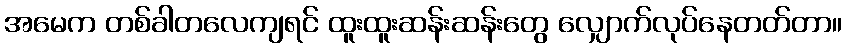
အမေက တစ်ခါတလေကျရင် ထူးထူးဆန်းဆန်းတွေ လျှောက်လုပ်နေတတ်တာ။